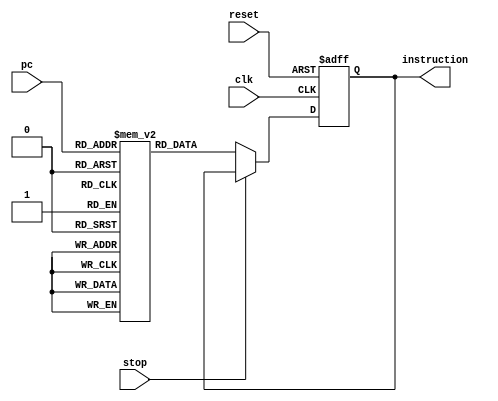
module InstMem(
    input clk,                //  
    input reset,              //   
    input stop,               //   
    input [3:0] pc,           //    (4)
    output reg [15:0] instruction //  
);

    reg [15:0] mem[15:0];     //   16bit * 16 = 32byte

    always @(posedge clk or negedge reset) begin
        if (~reset)              //  
            instruction <= 16'h0; //    0 
        else if (~stop)          //    
            instruction <= mem[pc]; //      
    end
    
    //   
    initial begin
        // Instruction  16 
        mem[0]  = 16'b0000_0101_1100_0100; // No operation
        mem[1]  = 16'b0001_0010_0100_0001; // ADD reg[2] + reg[1] to reg[1]
        mem[2]  = 16'b0010_0100_0010_0010; // SUB reg[4] - reg[2] to reg[2]
        mem[3]  = 16'b0011_0011_0001_0100; // NOT reg[3] to reg[4]
        mem[4]  = 16'b0100_0110_0111_0001; // AND reg[6] & reg[7] to reg[1]
        mem[5]  = 16'b0101_0101_0011_0110; // OR reg[5] | reg[3] to reg[6]
        mem[6]  = 16'b0110_0011_0100_0111; // XOR reg[3] ^ reg[4] to reg[7]
        mem[7]  = 16'b0111_0100_0100_0001; // Shift left reg[4] << 1 to reg[1]
        mem[8]  = 16'b1000_0111_0010_0001; // Shift right reg[7] >> 2 to reg[1]
        mem[9]  = 16'b1001_0011_0010_0111; // ADD reg[3] + reg[3] to reg[7]
        mem[10] = 16'b1010_0110_1010_0101; // SUB reg[6] - reg[5] to reg[5]
        mem[11] = 16'b1011_0101_0110_1100; // NOT reg[5] to reg[12]
        mem[12] = 16'b1100_0010_1011_0010; // AND reg[2] & reg[11] to reg[2]
        mem[13] = 16'b1101_0001_0010_1101; // OR reg[1] | reg[2] to reg[13]
        mem[14] = 16'b1110_0011_0111_0001; // XOR reg[3] ^ reg[7] to reg[1]
        mem[15] = 16'b1111_0111_0101_0011; // Shift left reg[7] << 5 to reg[3]
    end

endmodule